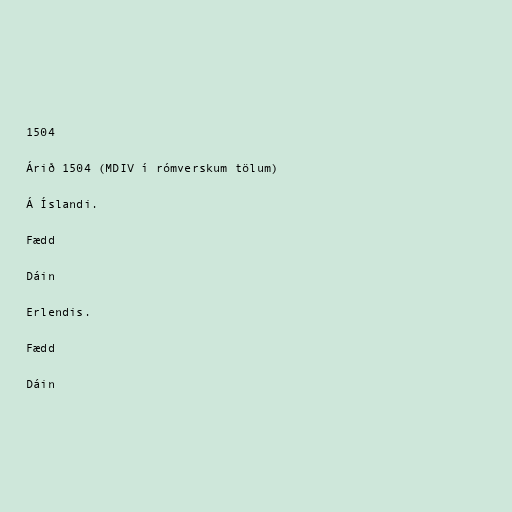
1504

Árið 1504 (MDIV í rómverskum tölum)

Á Íslandi.

Fædd

Dáin

Erlendis.

Fædd

Dáin